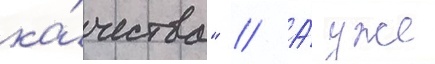
ка́чества" // А́ уже